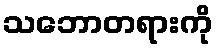
သဘောတရားကို